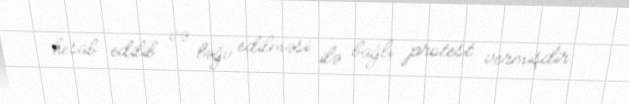
hesab edilib və ləğv edilməsi ilə bağlı protest vermişdir.